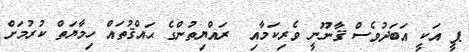
ޕީ އަކީ އަބަދުވެސް ޤާނޫނީ ވެރިކަމާއި  ރައްޔިތުންގެ ޙައްޤުތައް ހިމާޔަތް ކުރުމަށް